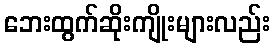
ဘေးထွက်ဆိုးကျိုးများလည်း